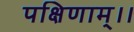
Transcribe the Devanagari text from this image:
पक्षिणाम्।।